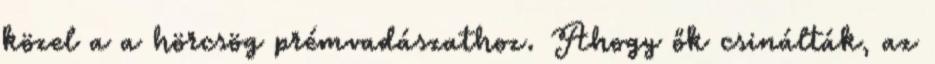
közel a a hörcsög prémvadászathoz. Ahogy ők csinálták, az